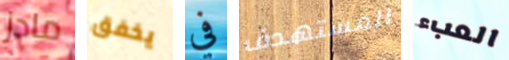
مادز يخفق في المستهدف العبء